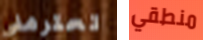
تحترمني منطقي